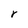
Character: r